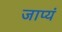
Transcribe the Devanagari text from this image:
जाप्यं